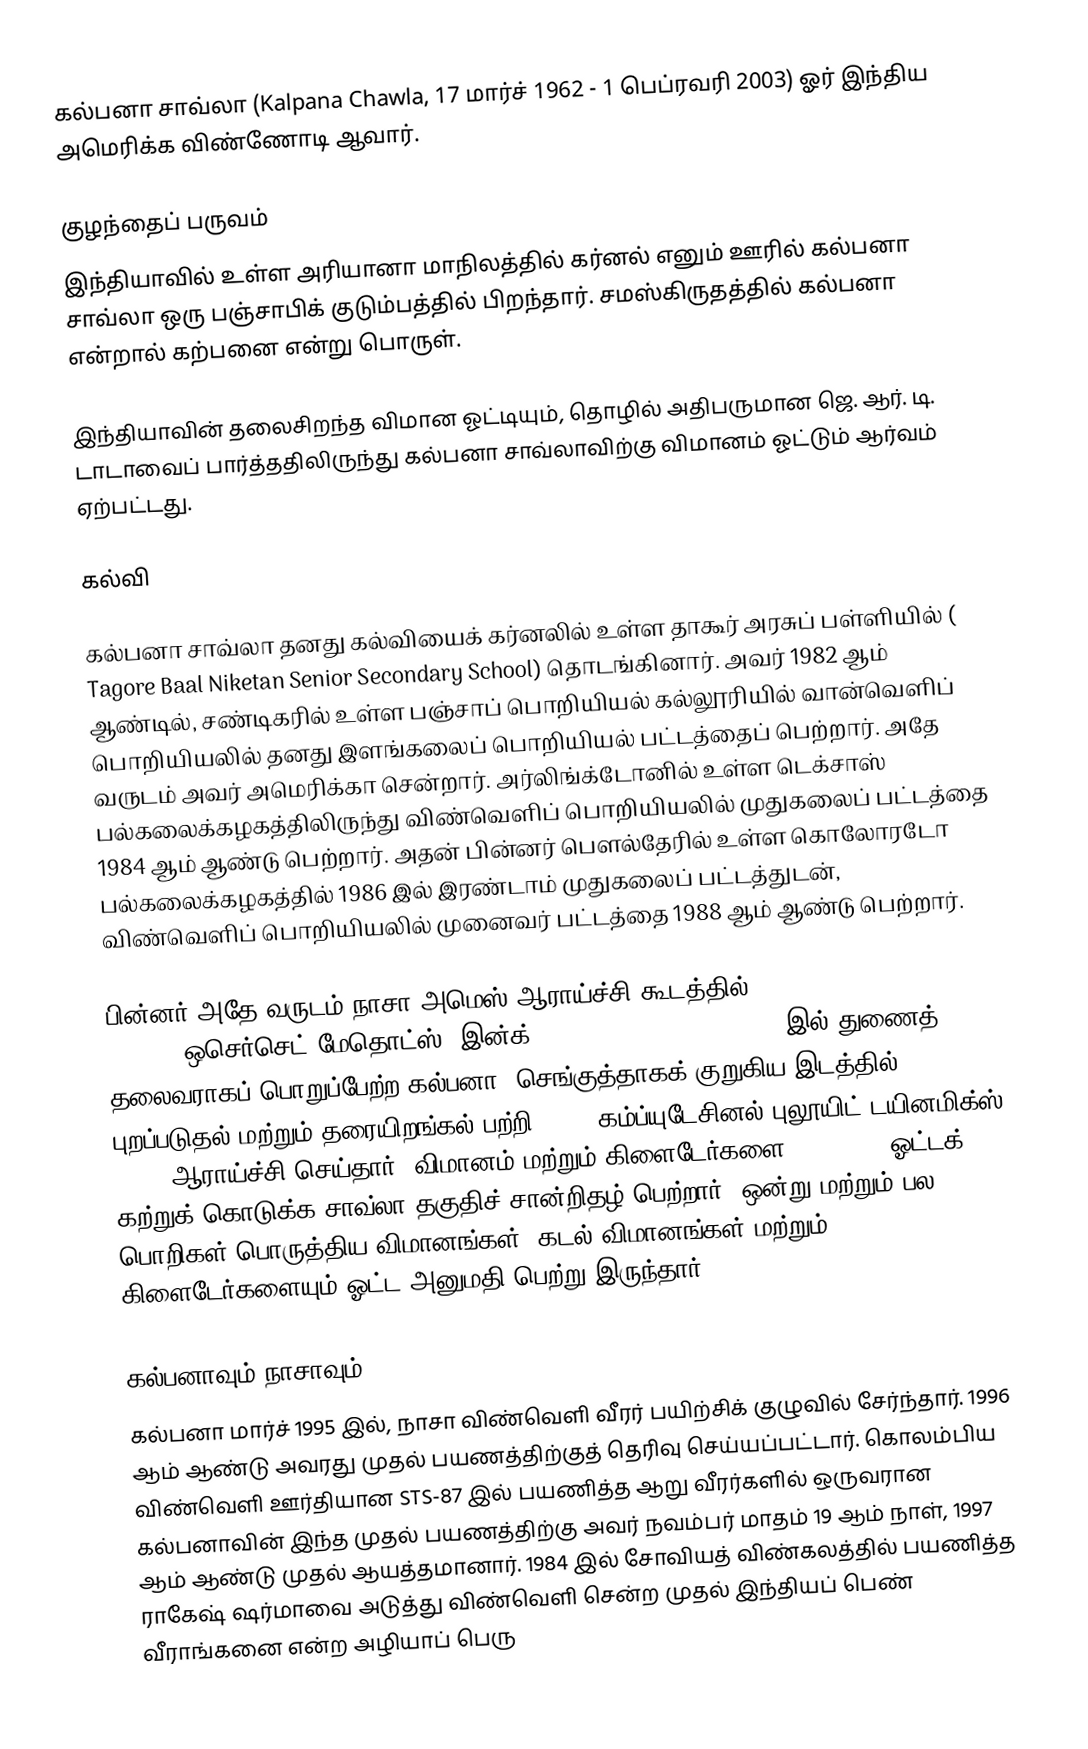
கல்பனா சாவ்லா (Kalpana Chawla, 17 மார்ச் 1962 - 1 பெப்ரவரி 2003) ஓர் இந்திய அமெரிக்க விண்ணோடி ஆவார்.

குழந்தைப் பருவம்
இந்தியாவில் உள்ள அரியானா மாநிலத்தில் கர்னல் எனும் ஊரில் கல்பனா சாவ்லா ஒரு பஞ்சாபிக் குடும்பத்தில் பிறந்தார். சமஸ்கிருதத்தில் கல்பனா என்றால் கற்பனை என்று பொருள்.

இந்தியாவின் தலைசிறந்த விமான ஓட்டியும், தொழில் அதிபருமான ஜெ. ஆர். டி. டாடாவைப் பார்த்ததிலிருந்து கல்பனா சாவ்லாவிற்கு விமானம் ஓட்டும் ஆர்வம் ஏற்பட்டது.

கல்வி

கல்பனா சாவ்லா தனது கல்வியைக் கர்னலில் உள்ள தாகூர் அரசுப் பள்ளியில் ( Tagore Baal Niketan Senior Secondary School) தொடங்கினார். அவர் 1982 ஆம் ஆண்டில், சண்டிகரில் உள்ள பஞ்சாப் பொறியியல் கல்லூரியில் வான்வெளிப் பொறியியலில் தனது இளங்கலைப் பொறியியல் பட்டத்தைப்  பெற்றார். அதே வருடம் அவர் அமெரிக்கா சென்றார். அர்லிங்க்டோனில் உள்ள டெக்சாஸ் பல்கலைக்கழகத்திலிருந்து விண்வெளிப் பொறியியலில் முதுகலைப் பட்டத்தை 1984 ஆம் ஆண்டு பெற்றார். அதன் பின்னர் பௌல்தேரில் உள்ள கொலோரடோ பல்கலைக்கழகத்தில் 1986 இல் இரண்டாம் முதுகலைப் பட்டத்துடன், விண்வெளிப் பொறியியலில் முனைவர் பட்டத்தை 1988 ஆம் ஆண்டு பெற்றார்.

பின்னர் அதே வருடம் நாசா அமெஸ் ஆராய்ச்சி கூடத்தில் (NASA Ames Research Center) ஒசெர்செட் மேதொட்ஸ், இன்க். ( Overset Methods, Inc.) இல் துணைத் தலைவராகப் பொறுப்பேற்ற கல்பனா, செங்குத்தாகக் குறுகிய இடத்தில் புறப்படுதல் மற்றும் தரையிறங்கல் பற்றி  [[CFD கம்ப்யுடேசினல் புலூயிட் டயினமிக்ஸ் (CFD) ஆராய்ச்சி செய்தார். விமானம் மற்றும் கிளைடேர்களை (gliders) ஓட்டக் கற்றுக் கொடுக்க சாவ்லா தகுதிச் சான்றிதழ் பெற்றார். ஒன்று மற்றும் பல பொறிகள் பொருத்திய விமானங்கள், கடல் விமானங்கள் மற்றும் கிளைடேர்களையும் ஓட்ட அனுமதி பெற்று இருந்தார்.

கல்பனாவும் நாசாவும்
கல்பனா மார்ச் 1995 இல், நாசா விண்வெளி வீரர் பயிற்சிக் குழுவில் சேர்ந்தார். 1996 ஆம் ஆண்டு அவரது முதல் பயணத்திற்குத் தெரிவு செய்யப்பட்டார். கொலம்பிய விண்வெளி ஊர்தியான STS-87 இல் பயணித்த ஆறு வீரர்களில் ஒருவரான கல்பனாவின் இந்த முதல் பயணத்திற்கு அவர் நவம்பர் மாதம் 19 ஆம் நாள், 1997 ஆம் ஆண்டு முதல் ஆயத்தமானார். 1984 இல் சோவியத் விண்கலத்தில் பயணித்த ராகேஷ் ஷர்மாவை அடுத்து விண்வெளி சென்ற முதல் இந்தியப் பெண் வீராங்கனை என்ற அழியாப் பெரு